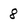
Character: 8